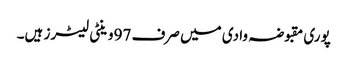
پوری مقبوضہ وادی میں صرف 97وینٹی لیٹرز ہیں۔